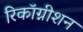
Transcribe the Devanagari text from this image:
रिकाॅग्नीशन